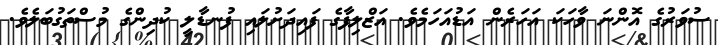
ސުވަރުގެ އޮންނަ ވާހަކަ އަހަރެން އަޑުއަހަމެވެ. އަޒްލިފާގެ ފައިދަށުލައި ފުނޑާލީ ކުދިންގެ މުސްތަގުބަލެވެ.